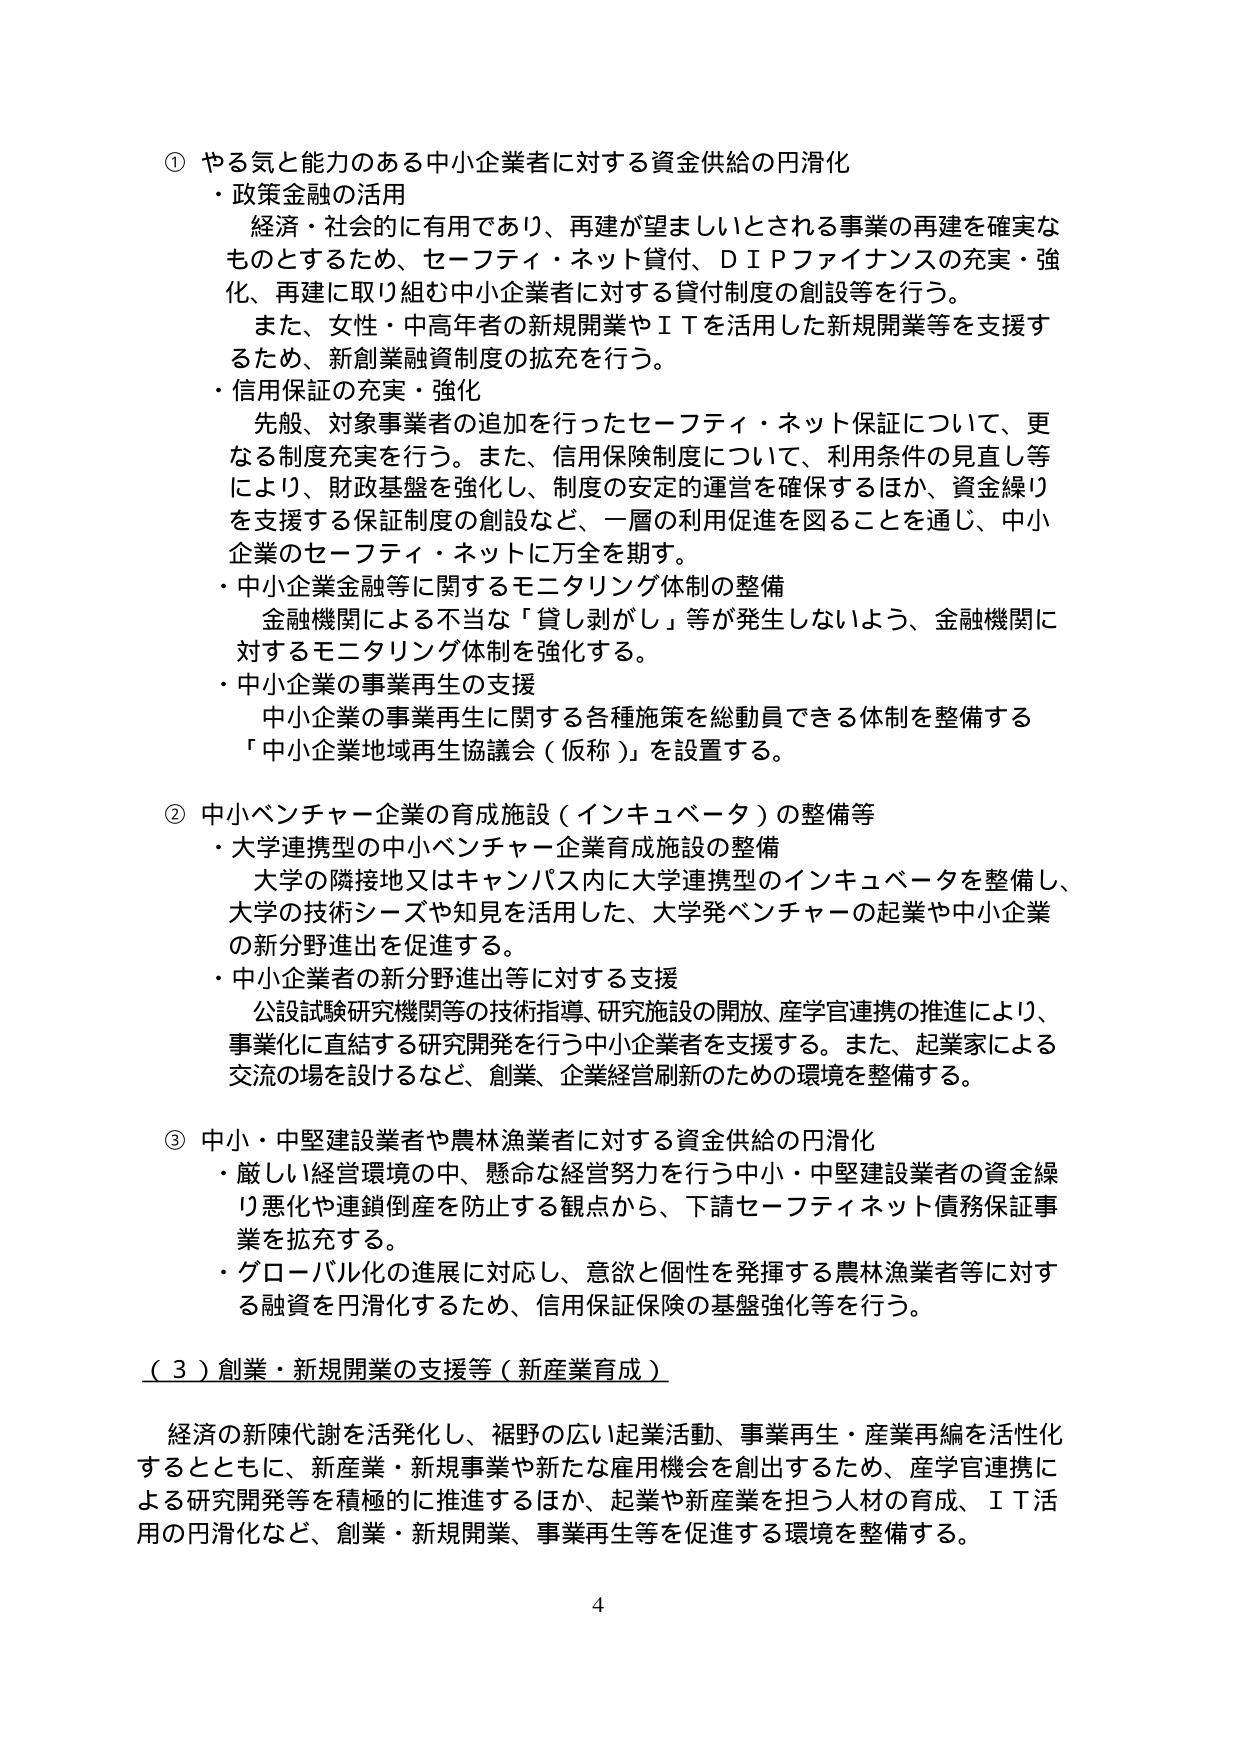
① やる気と能力のある中小企業者に対する資金供給の円滑化
・政策金融の活用
　経済・社会的に有用であり、再建が望ましいとされる事業の再建を確実なものとするため、セーフティ・ネット貸付、ＤＩＰファイナンスの充実・強化、再建に取り組む中小企業者に対する貸付制度の創設等を行う。
　また、女性・中高年者の新規開業やＩＴを活用した新規開業等を支援するため、新創業融資制度の拡充を行う。
・信用保証の充実・強化
　先般、対象事業者の追加を行ったセーフティ・ネット保証について、更なる制度充実を行う。また、信用保険制度について、利用条件の見直し等により、財政基盤を強化し、制度の安定的運営を確保するほか、資金繰りを支援する保証制度の創設など、一層の利用促進を図ることを通じ、中小企業のセーフティ・ネットに万全を期す。
・中小企業金融等に関するモニタリング体制の整備
　金融機関による不当な「貸し剥がし」等が発生しないよう、金融機関に対するモニタリング体制を強化する。
・中小企業の事業再生の支援
　中小企業の事業再生に関する各種施策を総動員できる体制を整備する
「中小企業地域再生協議会（仮称）」を設置する。

② 中小ベンチャー企業の育成施設（インキュベータ）の整備等
・大学連携型の中小ベンチャー企業育成施設の整備
　大学の隣接地又はキャンパス内に大学連携型のインキュベータを整備し、大学の技術シーズや知見を活用した、大学発ベンチャーの起業や中小企業の新分野進出を促進する。
・中小企業者の新分野進出等に対する支援
　公設試験研究機関等の技術指導、研究施設の開放、産学官連携の推進により、事業化に直結する研究開発を行う中小企業者を支援する。また、起業家による交流の場を設けるなど、創業、企業経営刷新のための環境を整備する。

③ 中小・中堅建設業者や農林漁業者に対する資金供給の円滑化
・厳しい経営環境の中、懸命な経営努力を行う中小・中堅建設業者の資金繰り悪化や連鎖倒産を防止する観点から、下請セーフティネット債務保証事業を拡充する。
・グローバル化の進展に対応し、意欲と個性を発揮する農林漁業者等に対する融資を円滑化するため、信用保証保険の基盤強化等を行う。

（３）創業・新規開業の支援等（新産業育成）
　経済の新陳代謝を活発化し、裾野の広い起業活動、事業再生・産業再編を活性化するとともに、新産業・新規事業や新たな雇用機会を創出するため、産学官連携による研究開発等を積極的に推進するほか、起業や新産業を担う人材の育成、ＩＴ活用の円滑化など、創業・新規開業、事業再生等を促進する環境を整備する。

4